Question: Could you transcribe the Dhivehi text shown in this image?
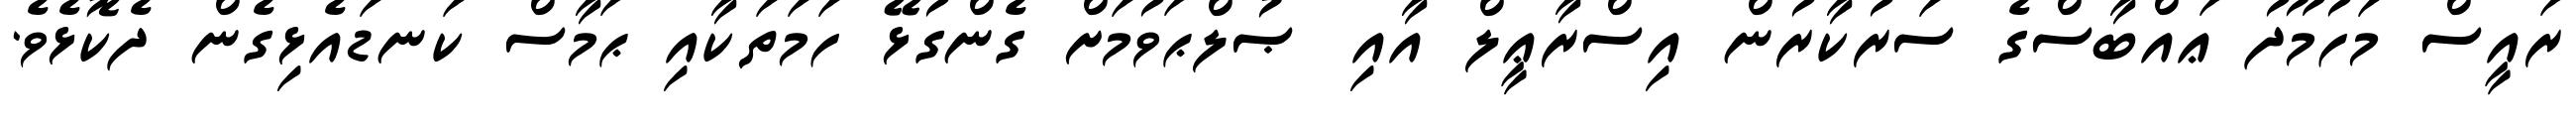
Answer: ރައީސް މަހުމޫދު ޢައްބާސްގެ ސަރުކާރުން އިސްރާޢީލް އާއި ޞުލްޙަވުމަށް ގެންގުޅޭ ހަމަތަކާއި ޙަމާސް ކަނޑައެޅިގެން ދެކޮޅެވެ.